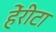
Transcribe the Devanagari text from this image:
हेंरीटा